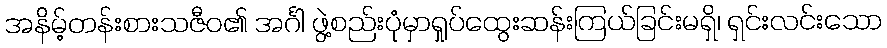
အနိမ့်တန်းစားသဇီဝ၏ အင်္ဂါ ဖွဲ့စည်းပုံမှာရှုပ်ထွေးဆန်းကြယ်ခြင်းမရှိ၊ ရှင်းလင်းသော